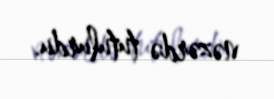
nəzərdə tutulurdu.